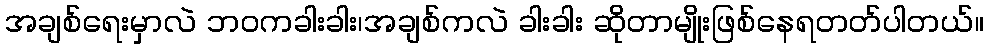
အချစ်ရေးမှာလဲ ဘဝကခါးခါး၊အချစ်ကလဲ ခါးခါး ဆိုတာမျိုးဖြစ်နေရတတ်ပါတယ်။